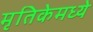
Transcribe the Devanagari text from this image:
मृतिकेमध्ये